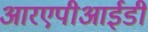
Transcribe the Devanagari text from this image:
आरएपीआईडी